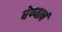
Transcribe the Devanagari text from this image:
घेण्याचं